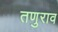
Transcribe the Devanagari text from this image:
तणुराव